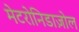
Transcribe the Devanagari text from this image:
मेटरोनिडाज़ोल